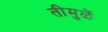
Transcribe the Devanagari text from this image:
तीमुळें